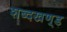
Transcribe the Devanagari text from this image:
शब्दखण़्ड